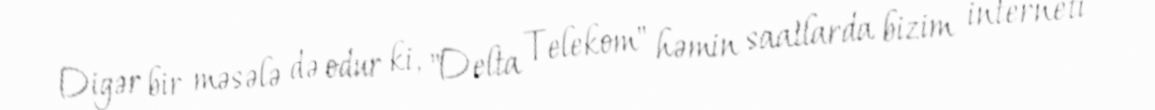
Digər bir məsələ də odur ki, "Delta Telekom" həmin saatlarda bizim interneti